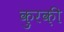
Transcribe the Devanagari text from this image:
क़ुरक़ी